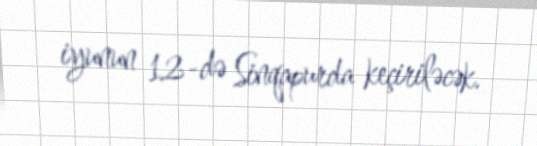
iyunun 12-də Sinqapurda keçiriləcək.